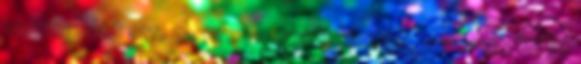
vastaghátú orr. 6. Arcba olvadt kicsiny, --- vagy kiálló